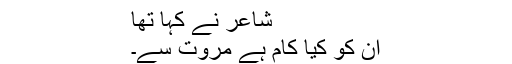
شاعر نے کہا تھا
ان کو کیا کام ہے مروت سے۔